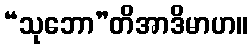
“သုဘော”တိအာဒိမာဟ။